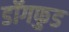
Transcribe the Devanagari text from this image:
डॉगफुड